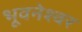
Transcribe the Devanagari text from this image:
भूवनेश्वर